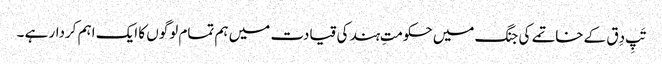
تَپِ دِق کے خاتمے کی جنگ میں حکومتِ ہند کی قیادت میں ہم تمام لوگوں کا ایک اہم کردار ہے ۔